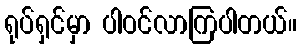
ရုပ်ရှင်မှာ ပါဝင်လာကြပါတယ်။